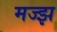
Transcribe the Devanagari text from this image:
मज्झ